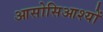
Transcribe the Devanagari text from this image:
आसोसिआश्यों